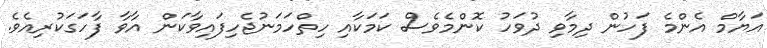
އަޔާމް އެންމެ ފަހުން ދިމާވި ދުވަހު ކޮންމެވެސް ކަމަކާއި ހިތްހަމަނުޖެހިފައިވާކަން އާވާ ފާހަގަކުރިއެވެ.